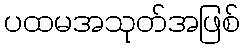
ပထမအသုတ်အဖြစ်